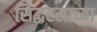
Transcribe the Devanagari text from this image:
सिद्धरसाच्या